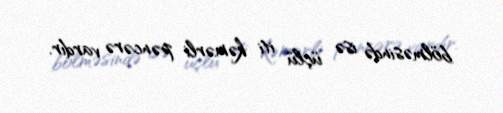
bölməsində isə üçlü iti kəmərli pəncərə vardır.